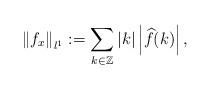
LaTeX: \begin{align*}\left\|f_{x}\right\|_{l^{1}}:=\sum_{k\in \mathbb{Z}}|k| \left| \widehat{f}(k)\right|,\end{align*}